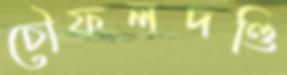
চৌফলদণ্ডি